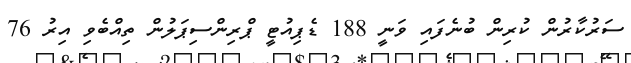
ސަރުކާރުން ކުރިން ބުނެފައި ވަނީ 188 ޑެޕިއުޓީ ޕްރިންސިޕަލުން ތިއްބެވި އިރު 76